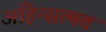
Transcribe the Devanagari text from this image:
अहिन्सत्मत